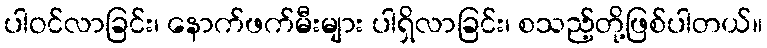
ပါဝင်လာခြင်း၊ နောက်ဖက်မီးများ ပါရှိလာခြင်း၊ စသည့်တို့ဖြစ်ပါတယ်။